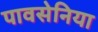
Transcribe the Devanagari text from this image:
पावसेनिया